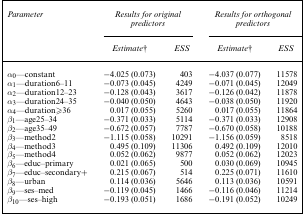
| Parameter | <COLSPAN=2> Results for original predictors | <COLSPAN=2> Results for orthogonal predictors |
 |  | Estimate† | ESS | Estimate† | ESS |
 | --- | --- | --- | --- | --- |
 | α0—constant | −4.025 (0.073) | 403 | −4.037 (0.077) | 11578 |
 | α1—duration6–11 | −0.073 (0.045) | 4249 | −0.071 (0.045) | 12049 |
 | α2—duration12–23 | −0.128 (0.043) | 3617 | −0.126 (0.042) | 11878 |
 | α3—duration24–35 | −0.040 (0.050) | 4643 | −0.038 (0.050) | 11920 |
 | α4—duration≥36 | 0.017 (0.055) | 5260 | 0.017 (0.055) | 11864 |
 | β1—age25–34 | −0.371 (0.033) | 5114 | −0.371 (0.033) | 12908 |
 | β2—age35–49 | −0.672 (0.057) | 7787 | −0.670 (0.058) | 10188 |
 | β3—method2 | −1.115 (0.058) | 10291 | −1.156 (0.059) | 8518 |
 | β4—method3 | 0.495 (0.109) | 11306 | 0.492 (0.109) | 12010 |
 | β5—method4 | 0.052 (0.062) | 9877 | 0.052 (0.062) | 12023 |
 | β6—educ–primary | 0.021 (0.065) | 500 | 0.030 (0.069) | 10945 |
 | β7—educ–secondary+ | 0.215 (0.067) | 514 | 0.225 (0.071) | 11610 |
 | β8—urban | 0.114 (0.036) | 5646 | 0.113 (0.036) | 10591 |
 | β9—ses–med | −0.119 (0.045) | 1466 | −0.116 (0.046) | 11214 |
 | β10—ses–high | −0.193 (0.051) | 1686 | −0.191 (0.052) | 10249 |